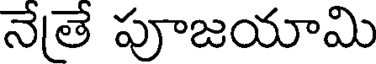
నేతే పూజయామి